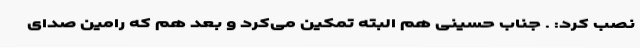
نصب کرد: . جناب حسینی هم البته تمکین می‌کرد و بعد هم که رامین صدای